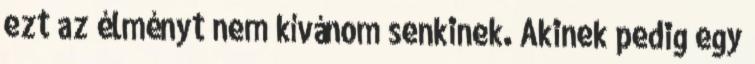
ezt az élményt nem kívánom senkinek. Akinek pedig egy